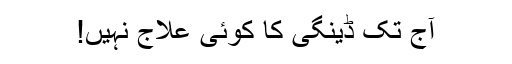
آج تک ڈینگی کا کوئی علاج نہیں!